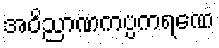
အဝိညာဏကပ္ပကရဏေ